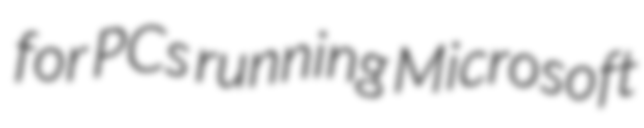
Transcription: for PCs running Microsoft